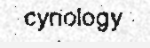
cynology